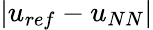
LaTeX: |u_{ref}-u_{NN}|